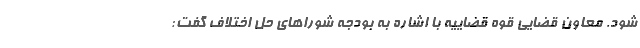
شود. معاون قضایی قوه قضاییه با اشاره به بودجه شوراهای حل اختلاف گفت: